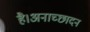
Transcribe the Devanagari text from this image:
है।अनाच्छादन